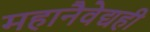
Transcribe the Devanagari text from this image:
महानैवेद्यही